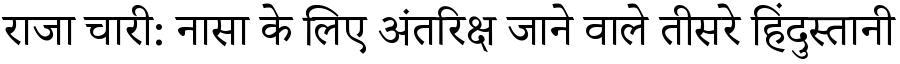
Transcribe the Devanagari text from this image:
राजा चारी: नासा के लिए अंतरिक्ष जाने वाले तीसरे हिंदुस्तानी